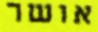
אושר